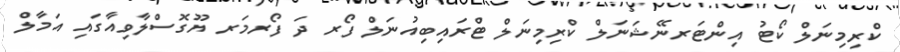
ކްރިމިނަލް ކޯޓު އިންޓަރނޭޝަނަލް ކްރިމިނަލް ޓްރައިބިއުނަލް ފޯރ ދަ ފޯރމަރ ޔޫގޮސްލާވިއާގައި އަމާލް